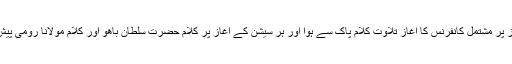
تین سیشنز پر مشتمل کانفرنس کا آغاز تلاوت کلامِ پاک سے ہوا اور ہر سیشن کے آغاز پر کلامِ حضرت سلطان باھو اور کلامِ مولانا رومی پیش کیا گیا۔